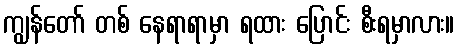
ကျွန်တော် တစ် နေရာရာမှာ ရထား ပြောင်း စီးရမှာလား။